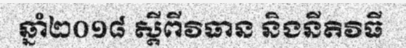
ឆ្នាំ២០១៨ ស្តីពីវិធាន និងនីតិវិធី